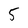
Character: 5